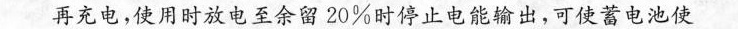
再充电，使用时放电至余留20%时停止电能输出，可使蓄电池使